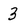
Character: 3